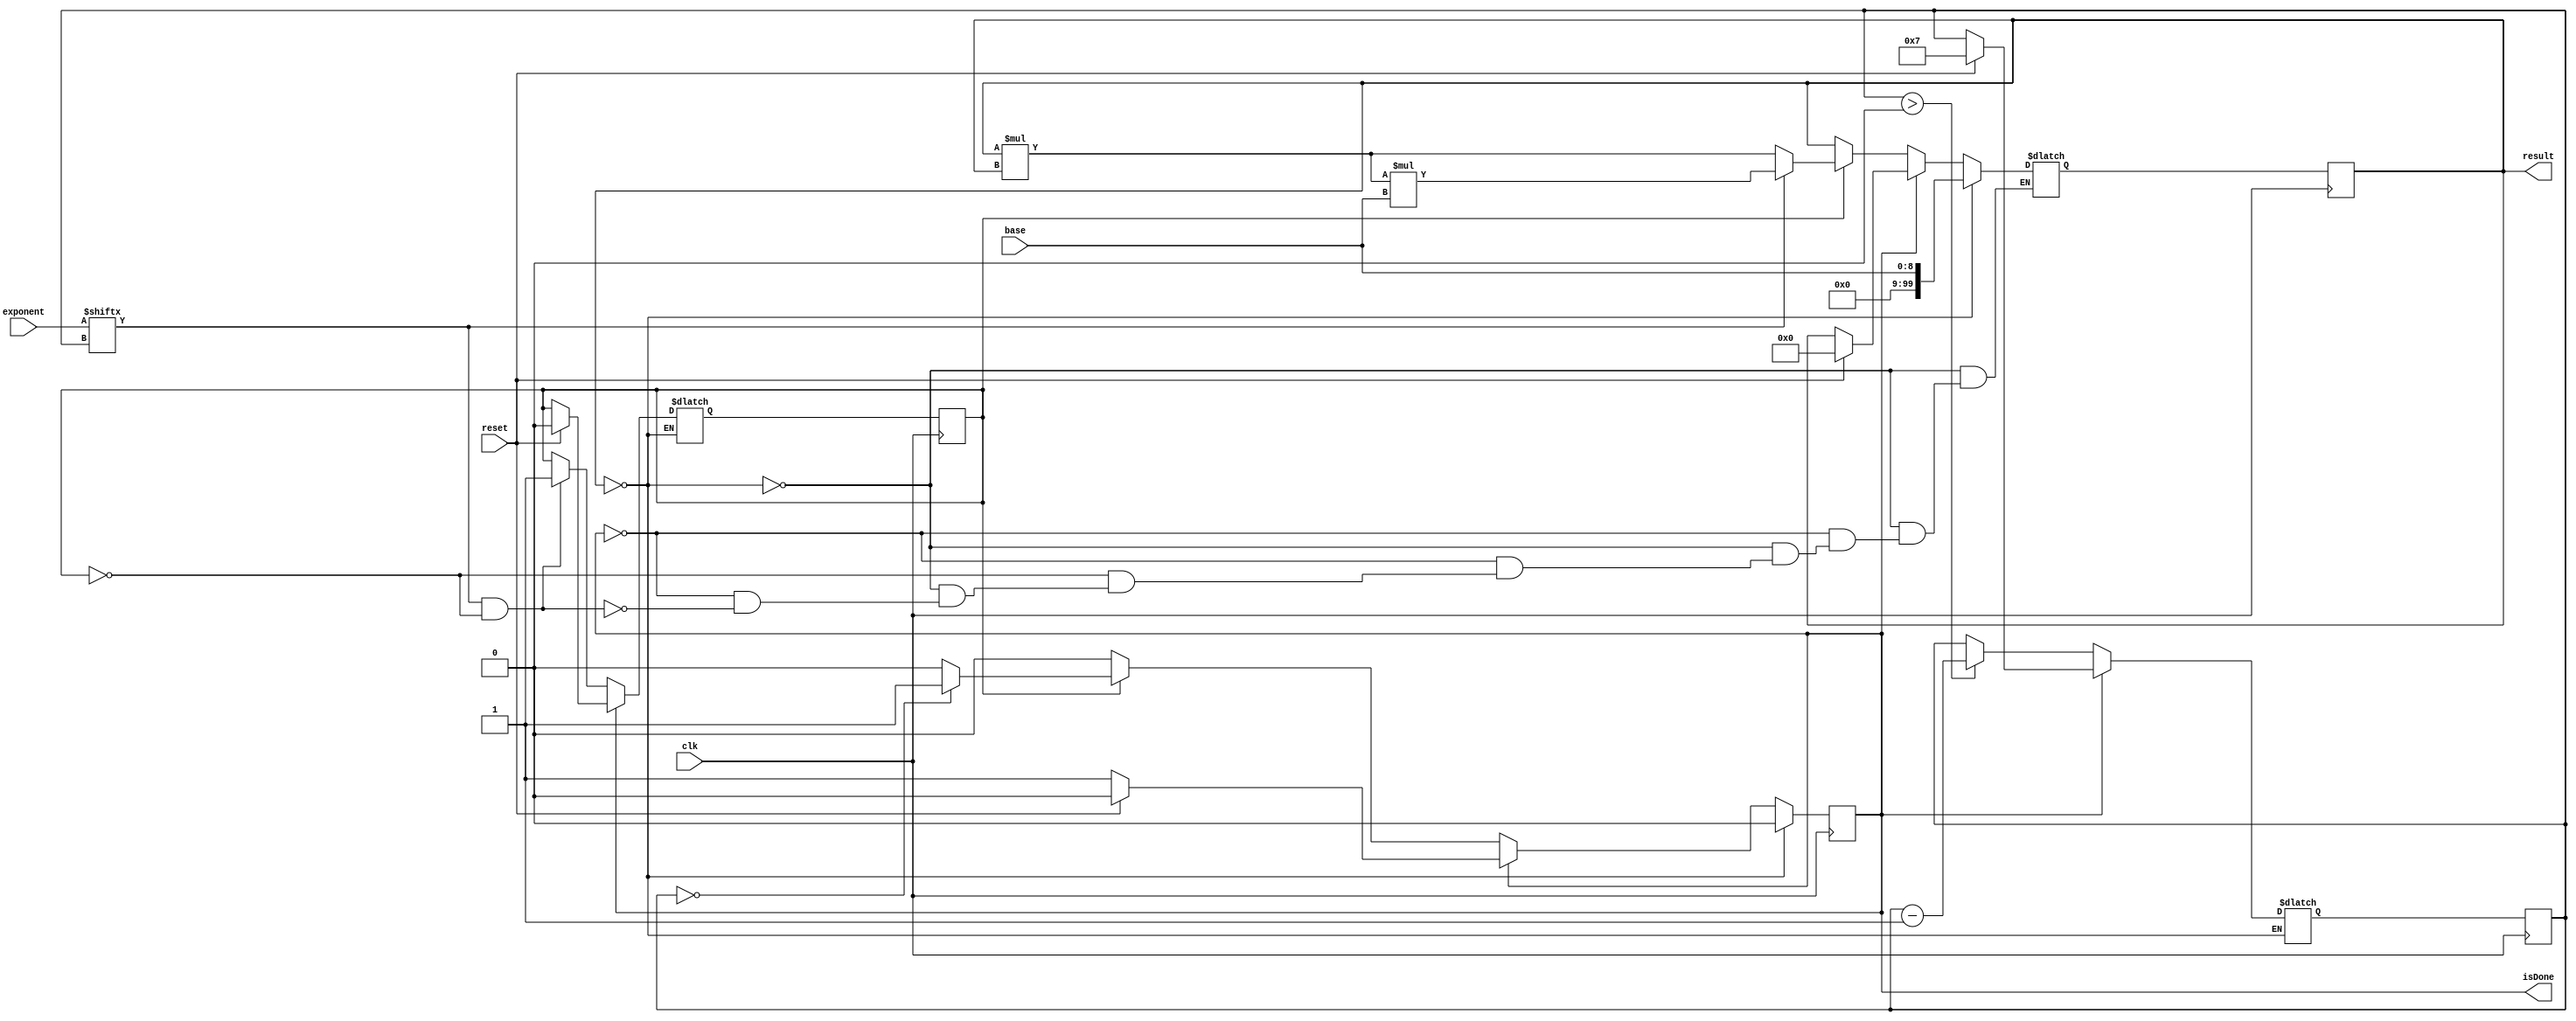
`timescale 1ns / 1ps
//////////////////////////////////////////////////////////////////////////////////
// Company: 
// Engineer: 
// 
// Design Name: 
// Module Name:    BinaryExponentiation 
// Project Name: 
// Target Devices: 
// Tool versions: 
// Description: 
//
// Dependencies: 
//
// Revision: 
// Revision 0.01 - File Created
// Additional Comments: 
//
//////////////////////////////////////////////////////////////////////////////////
module BinaryExponentiation( input clk, input [8:0] base, input [7:0] exponent, input reset,
		output reg [99:0] result, output reg isDone
    );
	
	reg [99:0] nextResult;
	reg nextIsDone;
	reg [3:0] nextIndex;
	reg [3:0] index;
	reg nextStart;
	reg start;
	
	initial begin
		nextResult = 0;
		result = 0;
		nextIsDone = 0;
		isDone = 0;
		index = 7;
		nextIndex = 7;
		nextStart = 0;
		start = 0;
	end
	
	always @ (posedge clk) begin
			result <= nextResult;
			isDone <= nextIsDone;
			index <= nextIndex;
			start <= nextStart;
	end

	always @ (*) begin
		if (result == 0) begin
			nextResult = base;
			nextIsDone = 0;
		end
		
		else begin
			if (isDone == 1) begin
				if (reset == 1) begin
					nextIsDone = 0;
					nextResult = 0;
					nextIndex = 7;
					nextStart = 0;
				end
				
				else begin
					nextIsDone = 1;
					nextResult = result;
					nextIndex = index;
					nextStart = start;
				end
			end
			
			else begin
				nextIndex = index > 0 ? index - 1 : index;
				nextIsDone = 0;
				nextStart = start;
				
				if (exponent[index] == 1 & start == 0) begin
					nextStart = 1;
					nextResult = result;
				end
				
				if (start == 1) begin
					if (exponent[index] == 0) begin
						nextResult = result * result;
					end
					
					else begin
						nextResult = result * result * base;
					end
					
					if (index == 0) begin
						nextIsDone = 1;
					end
				end
			end
		end
	end

endmodule